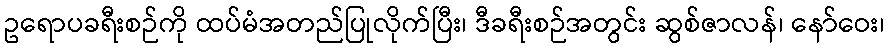
ဥရောပခရီးစဉ်ကို ထပ်မံအတည်ပြုလိုက်ပြီး၊ ဒီခရီးစဉ်အတွင်း ဆွစ်ဇာလန်၊ နော်ဝေး၊